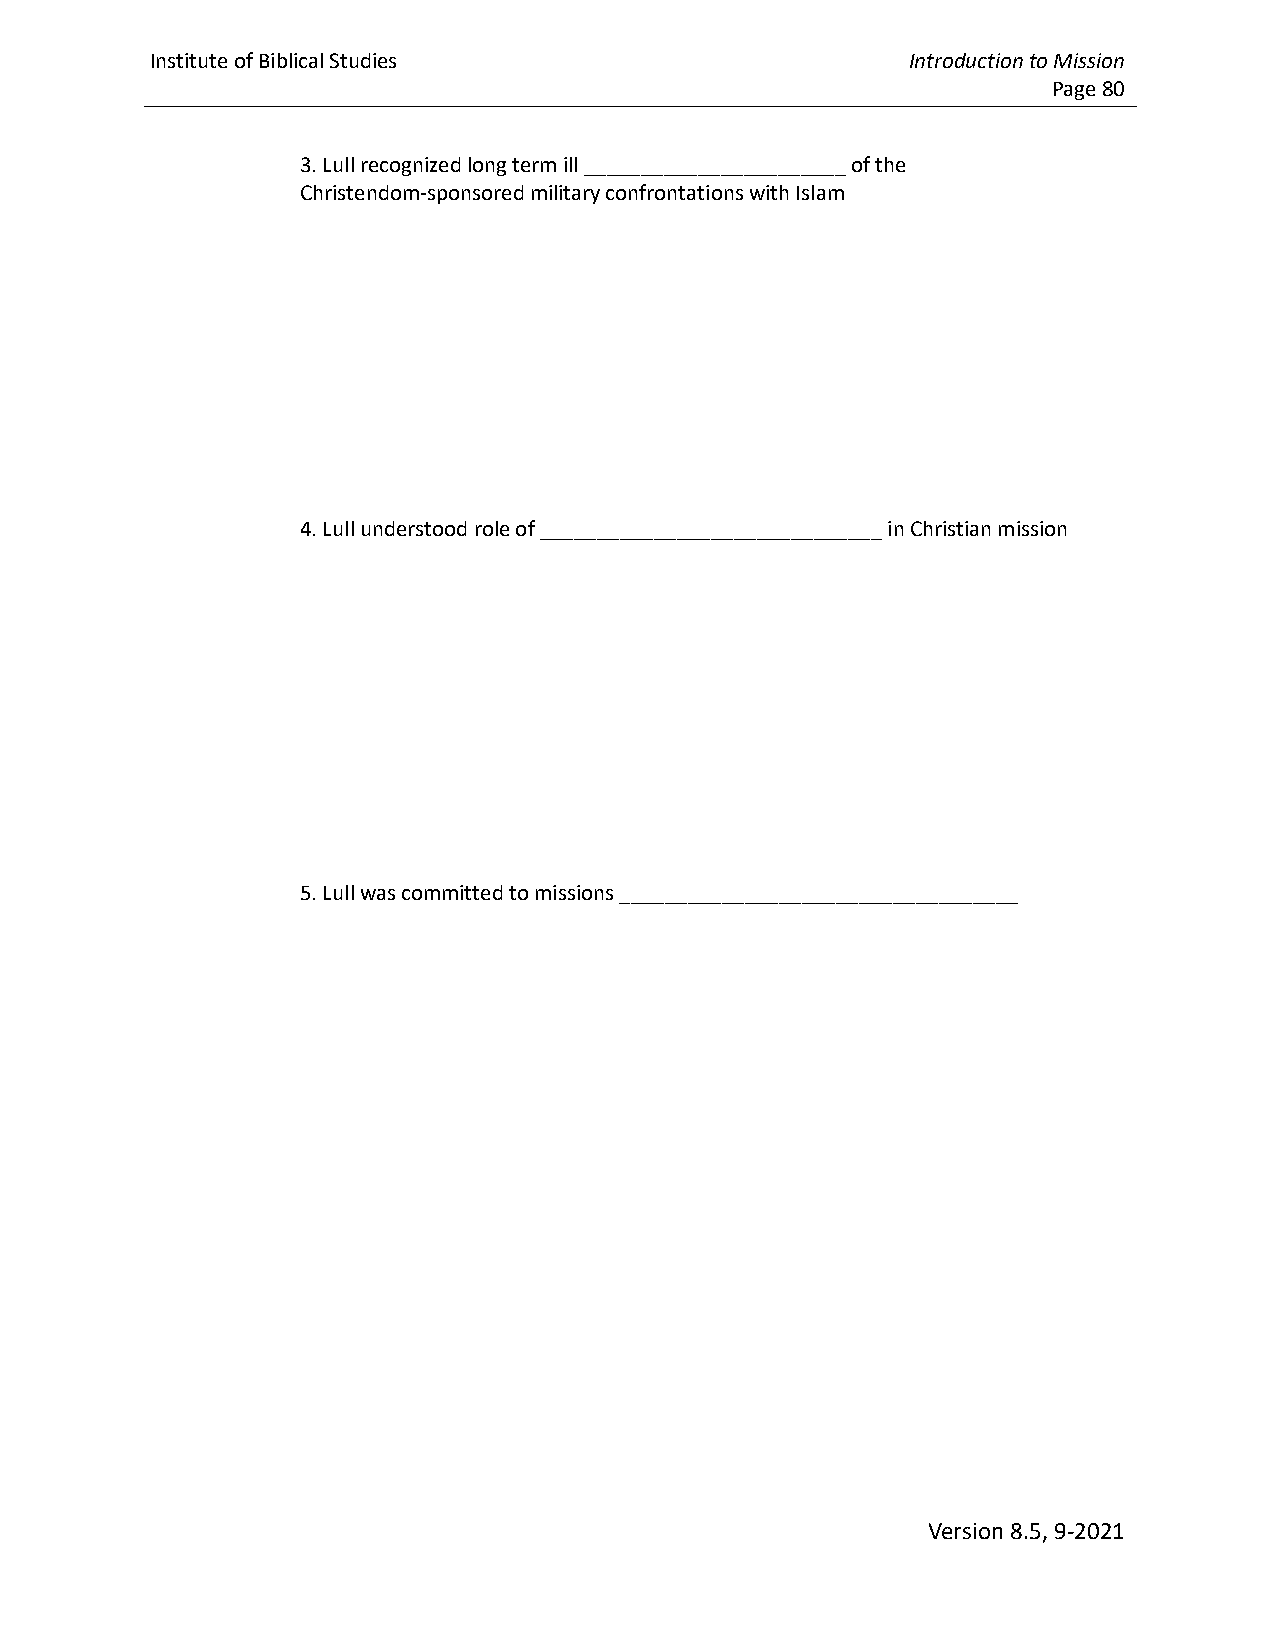
Institute of Biblical Studies                     Introduction to Mission
 Page 80
 3. Lull recognized long term ill _______________________ of the
 Christendom-sponsored military confrontations with Islam
 4. Lull understood role of ______________________________ in Christian mission
 5. Lull was committed to missions ___________________________________
 Version 8.5, 9-2021